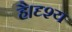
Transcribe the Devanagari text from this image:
है।दृश्य